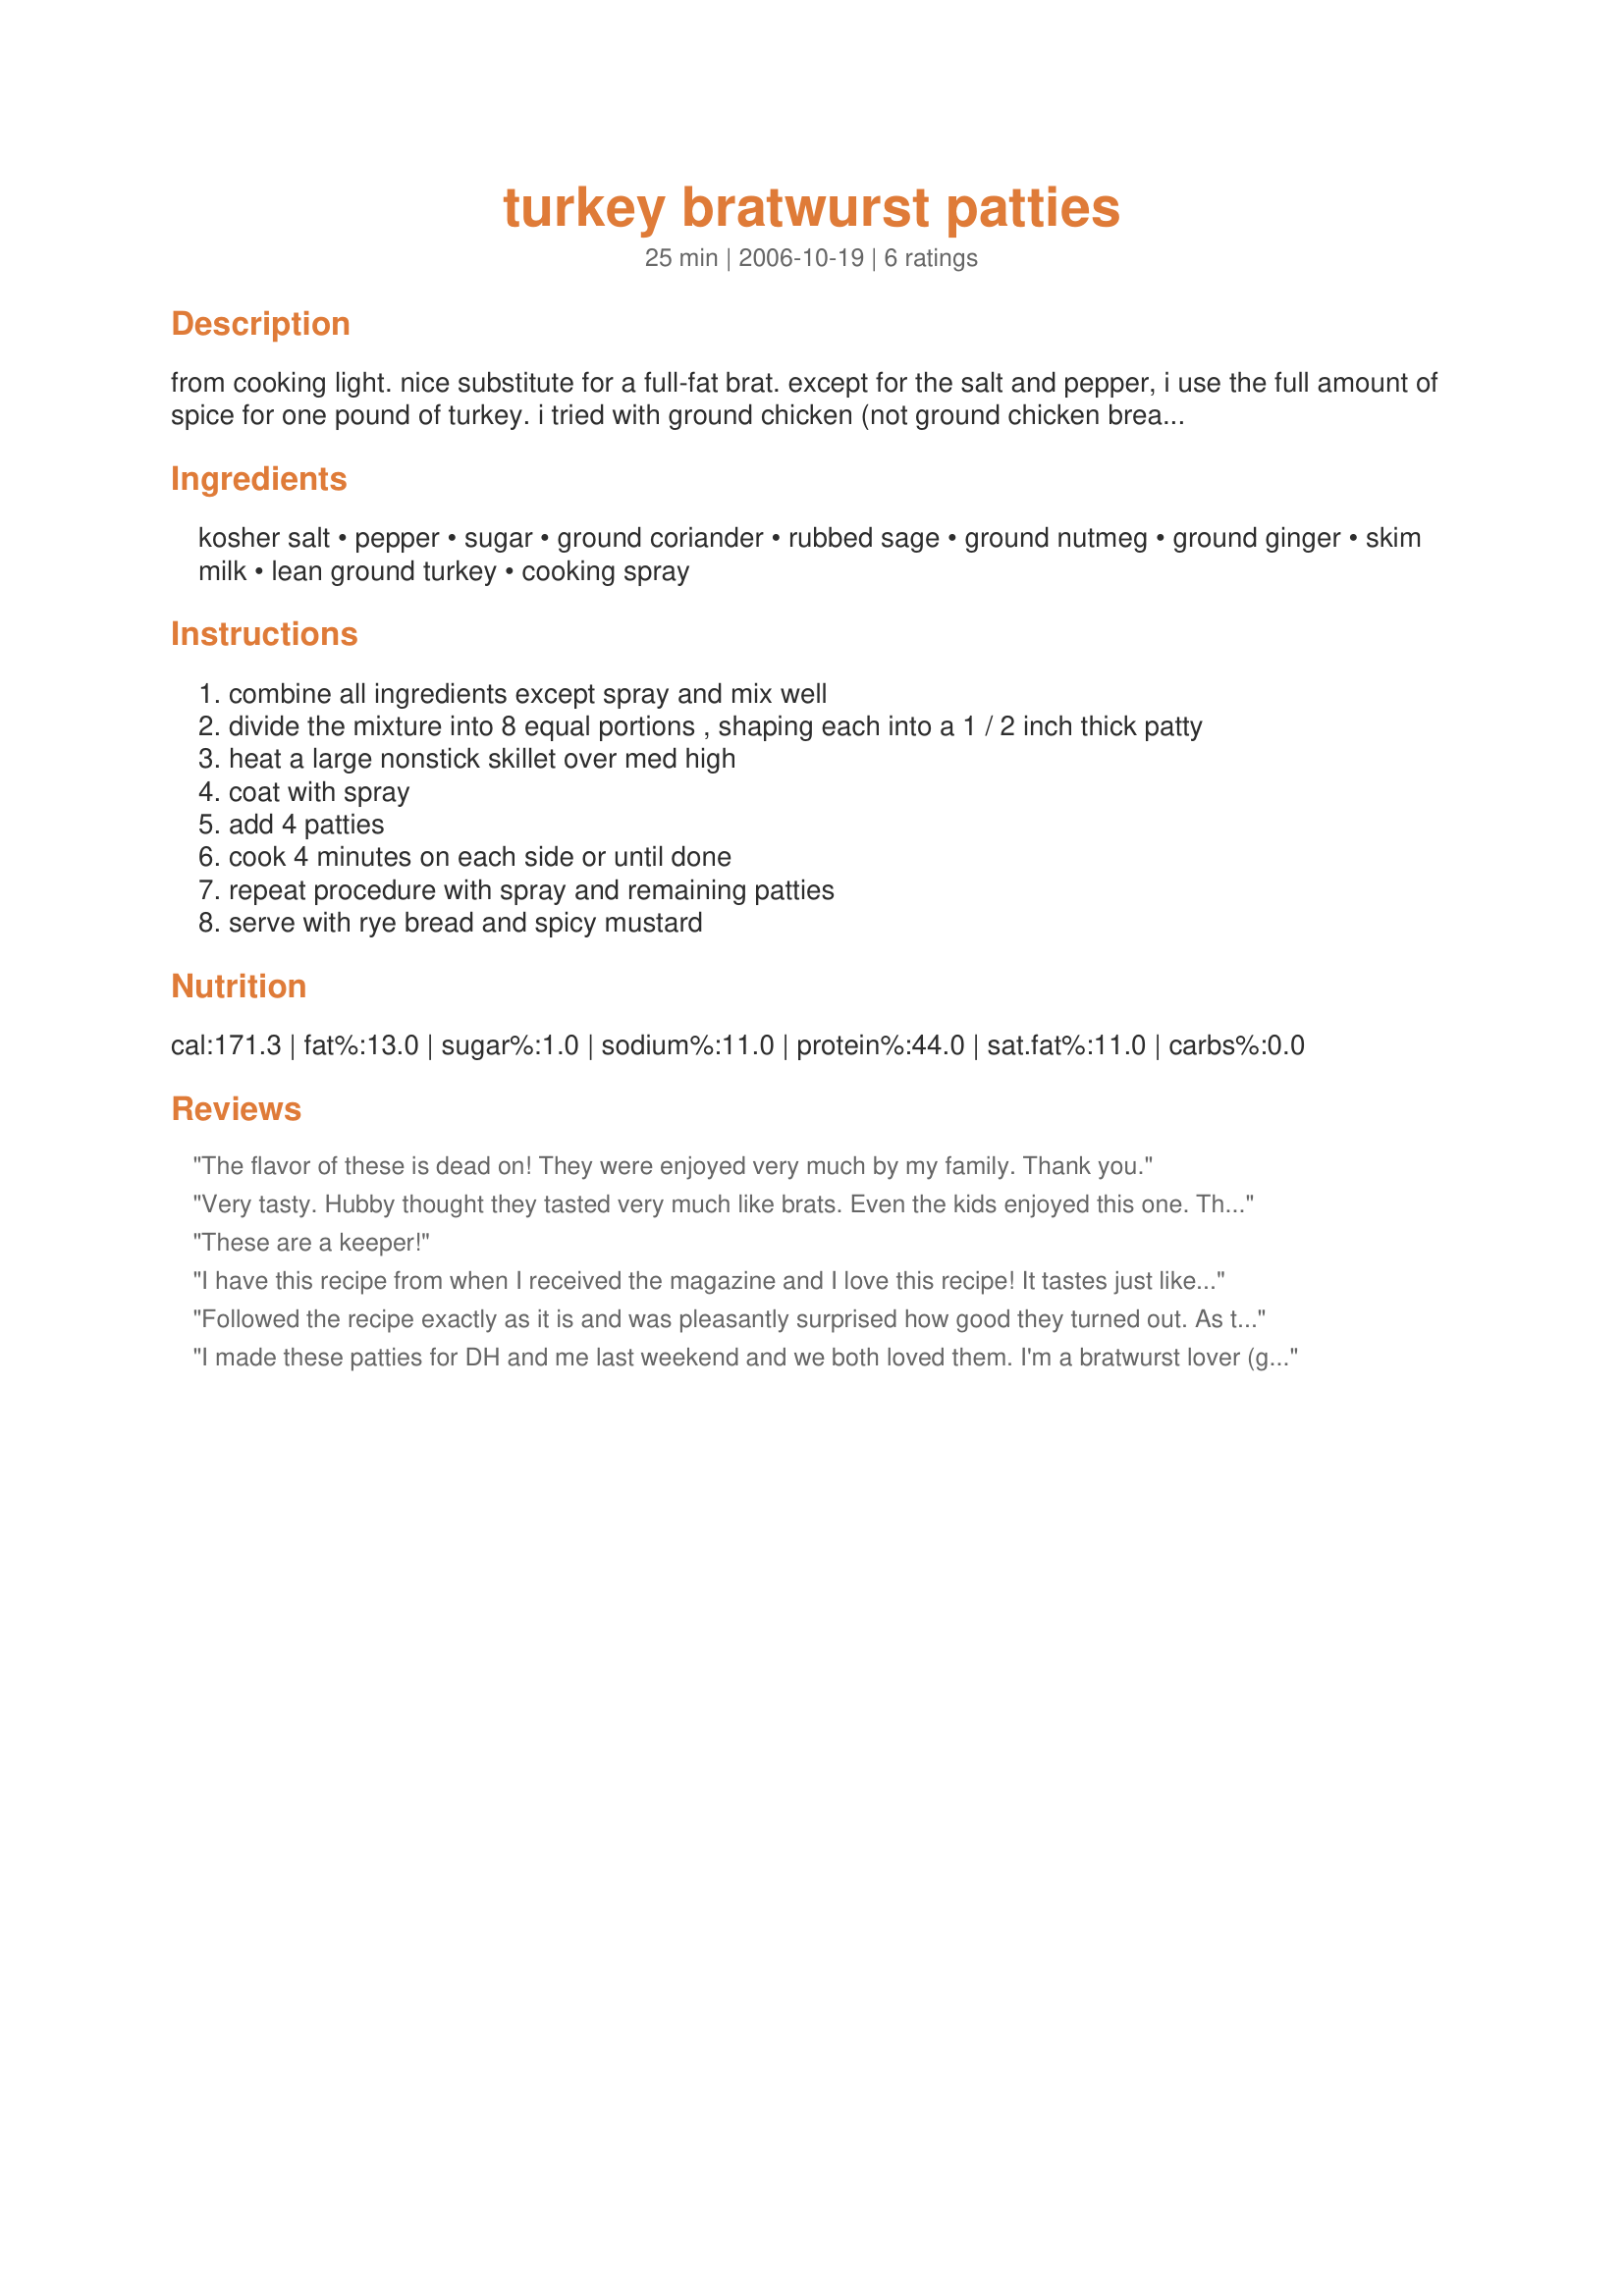
turkey bratwurst patties
Preparation time: 25 minutes

from cooking light. nice substitute for a full-fat brat. except for the salt and pepper, i use the full amount of spice for one pound of turkey. i tried with ground chicken (not ground chicken breast) the other day and that was great too.

Ingredients:
kosher salt, pepper, sugar, ground coriander, rubbed sage, ground nutmeg, ground ginger, skim milk, lean ground turkey, cooking spray

Steps:
combine all ingredients except spray and mix well
divide the mixture into 8 equal portions , shaping each into a 1 / 2 inch thick patty
heat a large nonstick skillet over med high
coat with spray
add 4 patties
cook 4 minutes on each side or until done
repeat procedure with spray and remaining patties
serve with rye bread and spicy mustard

Reviews:
The flavor of these is dead on! They were enjoyed very much by my family. Thank you.
Very tasty. Hubby thought they tasted very much like brats. Even the kids enjoyed this one. Thanks.
These are a keeper!
I have this recipe from when I received the magazine and I love this recipe! It tastes just like a brat but of course without all the fat! I have accidentally used the amount of spices stated for 2 lbs of turkey while only using 1 lb of meat and now I purposely do it with 1.5 lbs of meat because I like my food highly seasoned (especially ground turkey). These are so good on toasted bread with cheese, mustard and ketchup and homemade oven fries!
Followed the recipe exactly as it is and was pleasantly surprised how good they turned out. As the other reviewer stated not as full flavored as the fully loaded high fat sausage in the stores, but if you look around the ingredients are quite similar to other bratwurst recipes. I made 4 oz patties and put them on the grill medium heat for 4 minutes each side. The only thing I would change next time is to let the meat sit with the seasoning for 24 hours before cooking to see if it brings out the flavor.
I made these patties for DH and me last weekend and we both loved them. I'm a bratwurst lover (grew up in WI, where it's the law) and the flavor of these patties is spot on. I have to admit that it's not quite as good as a brat (how could it be without all the juicy fat?), but it's a nice healthy version that gives a good fix without all the fat. I was lazy after the first batch and just browned the rest of the turkey at the same time; each day I'd then just serve it open-faced over bread and drizzle with mustard. I also grilled some red onion and threw that in the mix. healthy, low-fat and tasty lunch that is easy to make ahead of time and reheat through the week. Thanks for posting!
